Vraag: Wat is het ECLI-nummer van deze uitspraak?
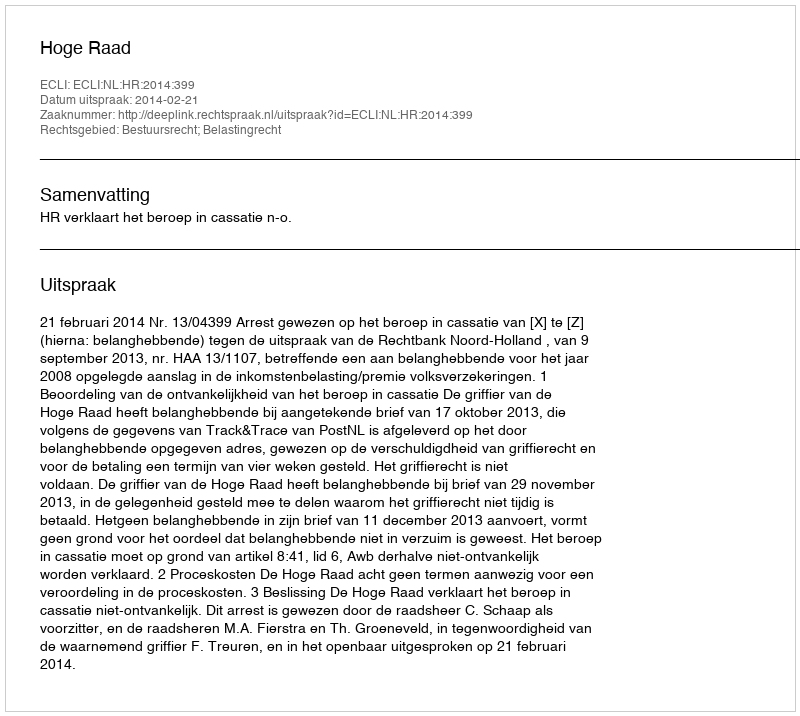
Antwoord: ECLI:NL:HR:2014:399